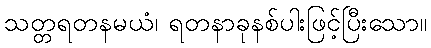
သတ္တရတနမယံ၊ ရတနာခုနစ်ပါးဖြင့်ပြီးသော။